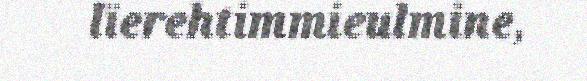
lïerehtimmieulmine,